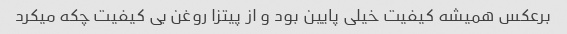
برعکس همیشه کیفیت خیلی پایین بود و از پیتزا روغن بی کیفیت چکه میکرد